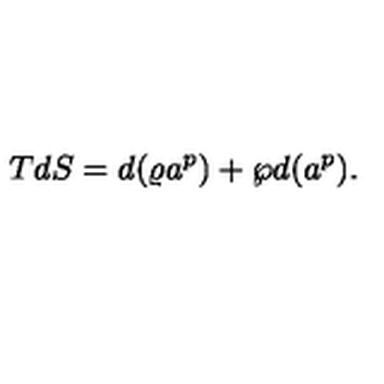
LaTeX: T d S = d ( \varrho a ^ { p } ) + \wp d ( a ^ { p } ) .